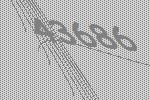
43686